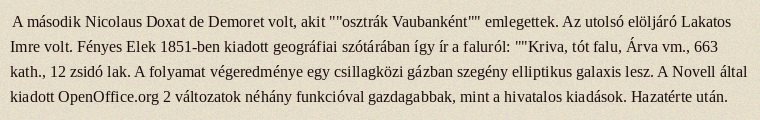
A második Nicolaus Doxat de Demoret volt, akit ""osztrák Vaubanként"" emlegettek. Az utolsó elöljáró Lakatos Imre volt. Fényes Elek 1851-ben kiadott geográfiai szótárában így ír a faluról: ""Kriva, tót falu, Árva vm., 663 kath., 12 zsidó lak. A folyamat végeredménye egy csillagközi gázban szegény elliptikus galaxis lesz. A Novell által kiadott OpenOffice.org 2 változatok néhány funkcióval gazdagabbak, mint a hivatalos kiadások. Hazatérte után.